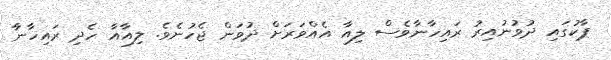
ޕާކުގައި ދުވުނުއިރު ރައިހާނާވެސް ލިއާ އެއްވަރަށް ދުވަން ޖެހުނެވެ. ލިއާއާ ހެދި ރައިހާނާ